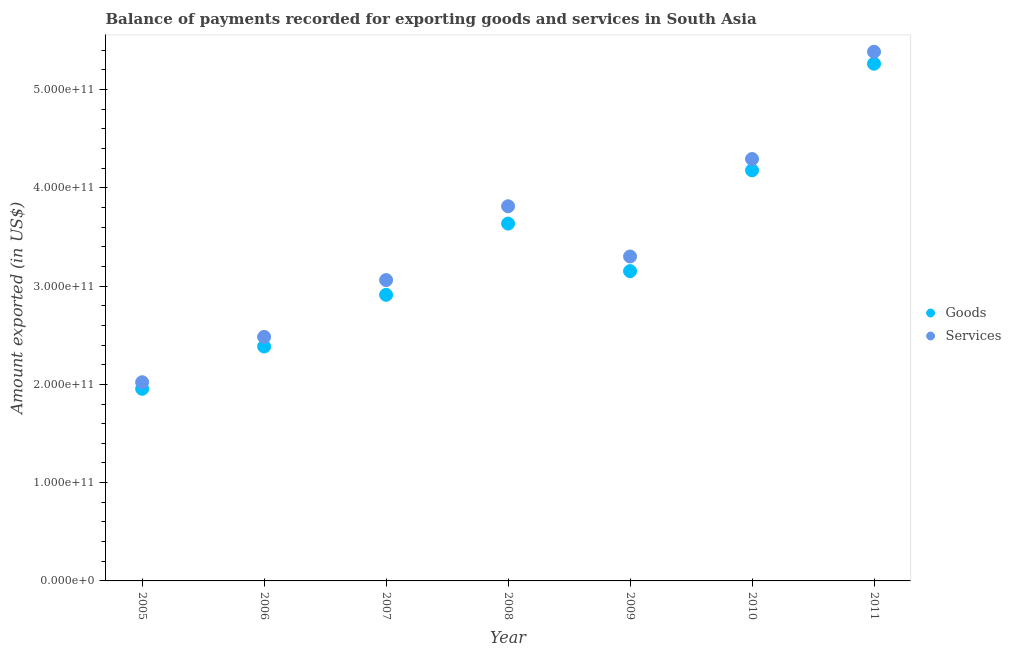
| Year | Goods | Services |
 | --- | --- | --- |
 | 2005 | 1.95e+11 | 2.02e+11 |
 | 2006 | 2.39e+11 | 2.48e+11 |
 | 2007 | 2.91e+11 | 3.06e+11 |
 | 2008 | 3.64e+11 | 3.81e+11 |
 | 2009 | 3.15e+11 | 3.3e+11 |
 | 2010 | 4.18e+11 | 4.29e+11 |
 | 2011 | 5.26e+11 | 5.38e+11 |